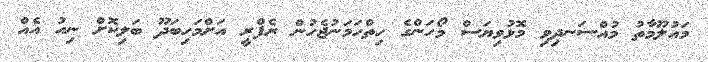
މައުލޫމާތު މުއްސަނދިވި މޮޅުވިޔަސް މޯހަންގެ ހިތްހަމަނުޖެހުން ރެފްރީ އަށްމަހިބަދޫ ބަލިކޮށް ނިއު އެއް